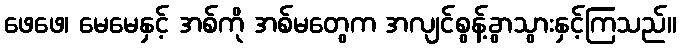
ဖေဖေ၊ မေမေနှင့် အစ်ကို အစ်မတွေက အလျင်စွန့်ခွာသွားနှင့်ကြသည်။